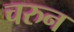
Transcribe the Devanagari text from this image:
चरुन